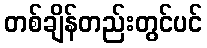
တစ်ချိန်တည်းတွင်ပင်